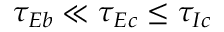
\tau _ { E b } \ll \tau _ { E c } \leq \tau _ { I c }